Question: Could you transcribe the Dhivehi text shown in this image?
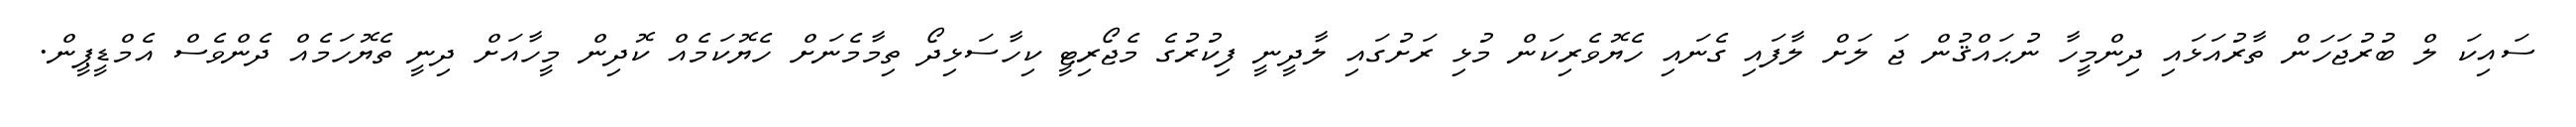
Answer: ސައިކަ ލް ބުރުޖަހަން ތާރުއަޅައި ދިންމީހާ ނުޙައްޤުން ޖަ ލަށް ލާފައި ގެނައި ހެޔޮވެރިކަން މުޅި ރަށުގައި ލާދީނީ ފިކުރުގެ މެޖޯރިޓީ ކިހާސަޅިދޯ ތިމާމެނަށް ހެޔޮކަމެއް ކޮދިން މީހާއަށް ދިނީ ތެޔޮހަމެއް ދެންވެސް އެމްޑީޕީން.